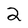
Character: 2